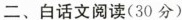
二、白话文阅读(30分)